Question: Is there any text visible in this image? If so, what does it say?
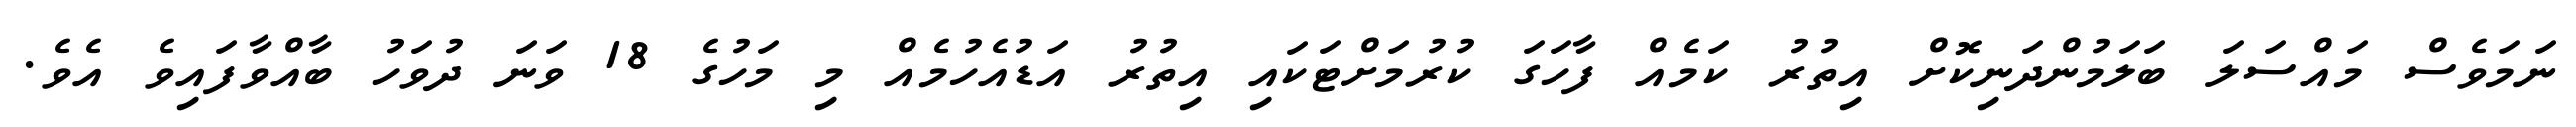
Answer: ނަމަވެސް މައްސަލަ ބަލަމުންދަނިކޮށް އިތުރު ކަމެއް ފާހަގަ ކުރުމަށްޓަކައި އިތުރު އަޑުއެހުމެއް މި މަހުގެ 18 ވަނަ ދުވަހު ބާއްވާފައިވެ އެވެ.